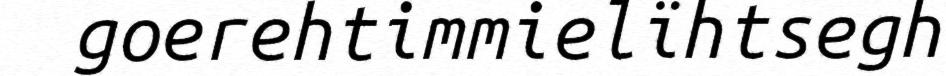
goerehtimmielïhtsegh